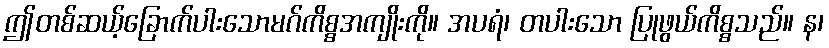
ဤတစ်ဆယ့်ခြောက်ပါးသောမဂ်ကိစ္စအကျိုးကို။ အပရံ၊ တပါးသော ပြုဖွယ်ကိစ္စသည်။ န၊